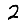
Digit: 2